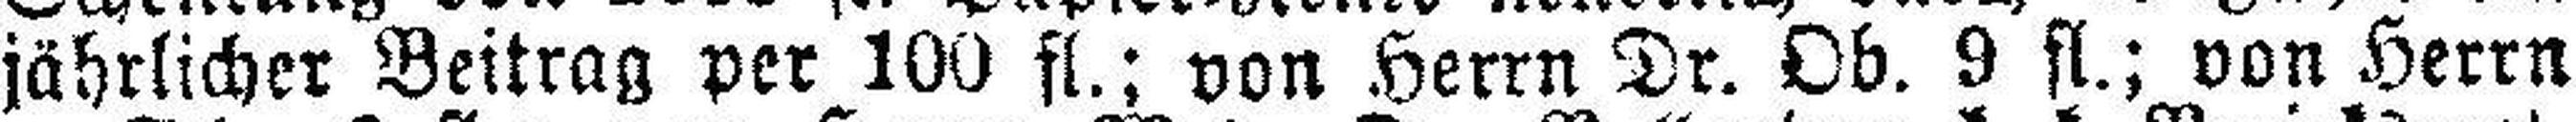
jährlicher Beitrag per 100 fl.; von Herrn Dr. Ob. 9 fl.; von Herrn